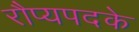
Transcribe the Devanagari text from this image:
रौप्यपदके